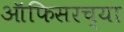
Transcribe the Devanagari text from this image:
ऑफिसरच्या